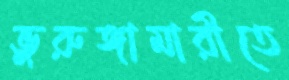
ভুরুঙ্গামারীতে